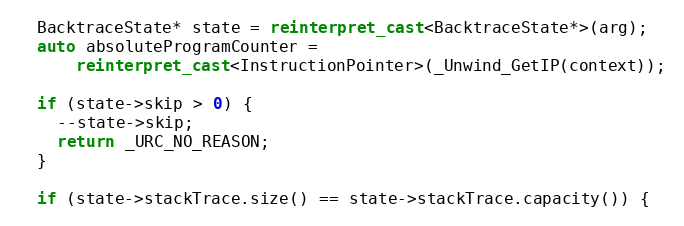
Language: C++
  BacktraceState* state = reinterpret_cast<BacktraceState*>(arg);
  auto absoluteProgramCounter =
      reinterpret_cast<InstructionPointer>(_Unwind_GetIP(context));

  if (state->skip > 0) {
    --state->skip;
    return _URC_NO_REASON;
  }

  if (state->stackTrace.size() == state->stackTrace.capacity()) {